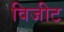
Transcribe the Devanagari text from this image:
विजीट